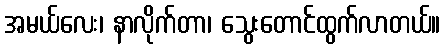
အမယ်လေး၊ နာလိုက်တာ၊ သွေးတောင်ထွက်လာတယ်။